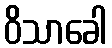
ဝိသာခေါ